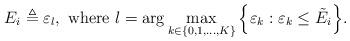
LaTeX: \begin{align*}E_i \triangleq \varepsilon_l,~\textrm{where}~l = \arg \max_{k\in\{0,1,\ldots,K\}}\Big\{\varepsilon_k:\varepsilon_k \leq \tilde{E_i}\Big\}.\end{align*}